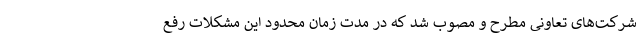
شرکت‌های تعاونی مطرح و مصوب شد که در مدت زمان محدود این مشکلات رفع